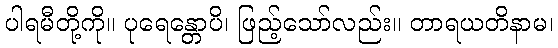
ပါရမီတို့ကို။ ပုရေန္တောပိ၊ ဖြည့်သော်လည်း။ တာရယတိနာမ၊